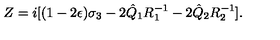
Z = i [ ( 1 - 2 \epsilon ) \sigma _ { 3 } - 2 \hat { Q } _ { 1 } R _ { 1 } ^ { - 1 } - 2 \hat { Q } _ { 2 } R _ { 2 } ^ { - 1 } ] .